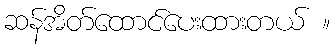
ဆန်အိတ်ထောင်ပေးထားတယ် ။